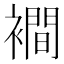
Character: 襇